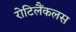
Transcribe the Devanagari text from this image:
रोटिलैंकलस